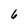
Character: 6